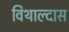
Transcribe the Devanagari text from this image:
विथाल्दास